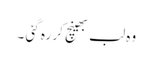
وہ لب بھینچ کر رہ گئی ۔